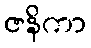
ဇနိကာ